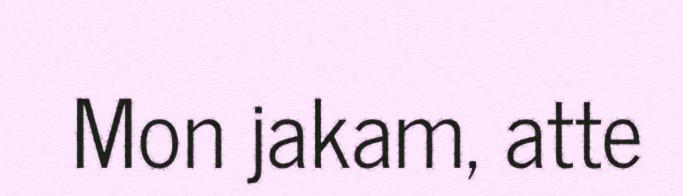
Mon jakam, atte